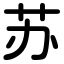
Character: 苏